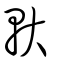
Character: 軑